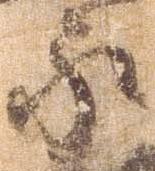
永